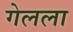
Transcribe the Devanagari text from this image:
गेलला